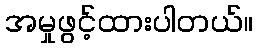
အမှုဖွင့်ထားပါတယ်။